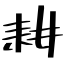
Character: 耕